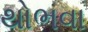
થોભવા